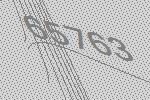
65763